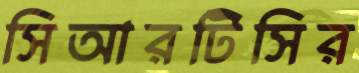
সিআরটিসির